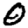
Digit: 0